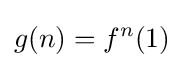
g(n)=f^{n}(1)